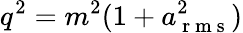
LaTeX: q^{2}=m^{2}(1+a_{\mathrm{~r~m~s~}}^{2})